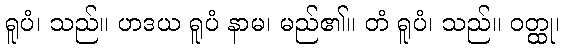
ရူပံ၊ သည်။ ဟဒယ ရူပံ နာမ၊ မည်၏။ တံ ရူပံ၊ သည်။ ဝတ္ထု၊